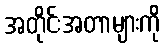
အတိုင်းအတာများကို